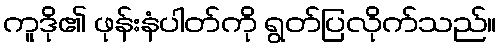
ကူဒို၏ ဖုန်းနံပါတ်ကို ရွတ်ပြလိုက်သည်။